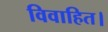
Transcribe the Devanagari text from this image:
विवाहित।